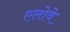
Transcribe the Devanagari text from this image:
एलोवे